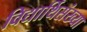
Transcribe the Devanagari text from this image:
विद्यार्थिसंख्या